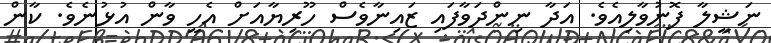
ނަޝީލާ ފޮނުވާލިއެވެ. އަދާ ނިންދަވާފައި ޒައިނާވެސް ހޫރިޔާއަށް އެހީ ވާން އުޅުނެވެ. ކާން